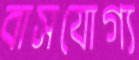
বাসযোগ্য